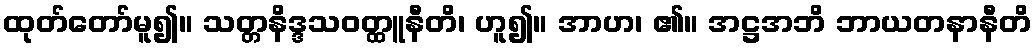
ထုတ်တော်မူ၍။ သတ္တနိဒ္ဒသဝတ္ထူနီတိ၊ ဟူ၍။ အာဟ၊ ၏။ အဋ္ဌအဘိ ဘာယတနာနီတိ